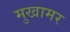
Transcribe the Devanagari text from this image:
मुखामर